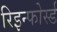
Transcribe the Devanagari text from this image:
रिइन्फोर्स्ड